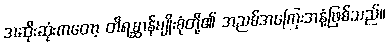
အဆိုးဆုံးကတော့ တိရစ္ဆာန်မျိုးစုံတို့၏ အညစ်အကြေးအနံ့ဖြစ်သည်။